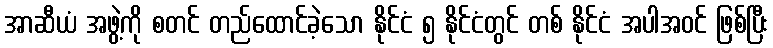
အာဆီယံ အဖွဲ့ကို စတင် တည်ထောင်ခဲ့သော နိုင်ငံ ၅ နိုင်ငံတွင် တစ် နိုင်ငံ အပါအဝင် ဖြစ်ပြီး